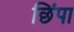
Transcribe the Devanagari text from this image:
छिंपा